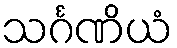
သင်္ဂဏိယံ